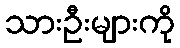
သားဦးများကို